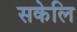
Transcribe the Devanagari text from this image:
सकेलि